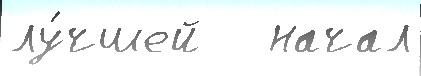
лу́чшей   начал